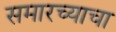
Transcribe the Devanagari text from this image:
समारच्याचा